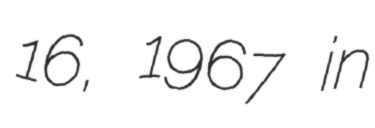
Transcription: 16, 1967 in